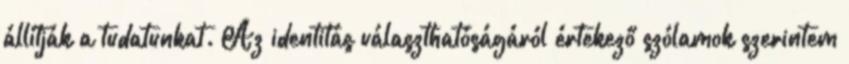
állítják a tudatunkat. Az identitás választhatóságáról értekező szólamok szerintem